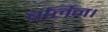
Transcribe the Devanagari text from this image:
बर्लिन।